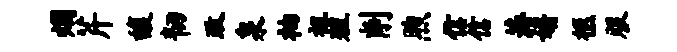
烟芹馥韧政泉衲祖殖削煦信信蒋婿柩服